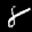
Label: 8